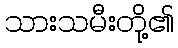
သားသမီးတို့၏